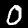
Digit: 0